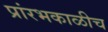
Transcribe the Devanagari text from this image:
प्रांरभकाळीच